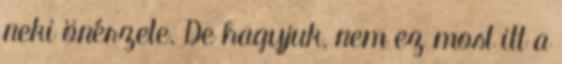
neki önérzete. De hagyjuk, nem ez most itt a